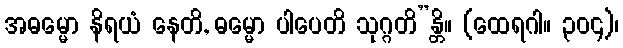
အဓမ္မော နိရယံ နေတိ, ဓမ္မော ပါပေတိ သုဂ္ဂတိ”န္တိ။ (ထေရဂါ။ ၃၀၄)၊